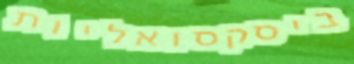
ביסקסואליות